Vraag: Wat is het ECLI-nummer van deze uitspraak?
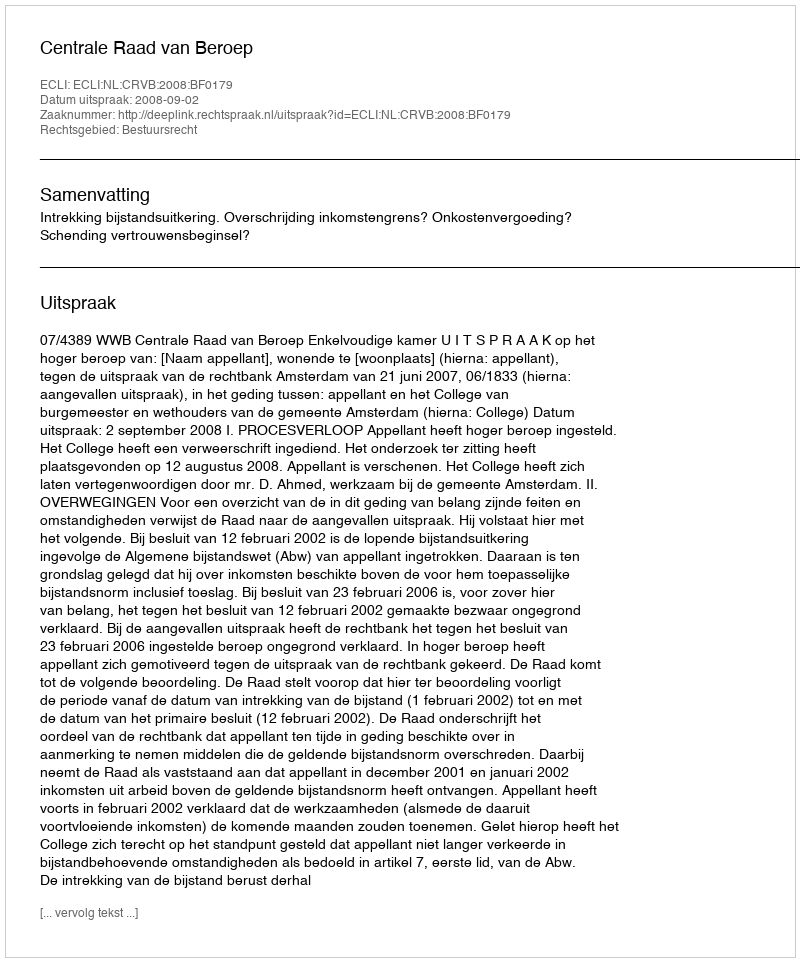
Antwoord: ECLI:NL:CRVB:2008:BF0179